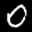
Label: 0